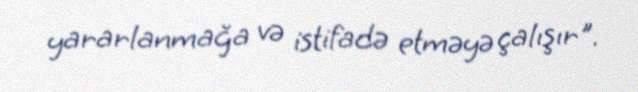
yararlanmağa və istifadə etməyə çalışır".